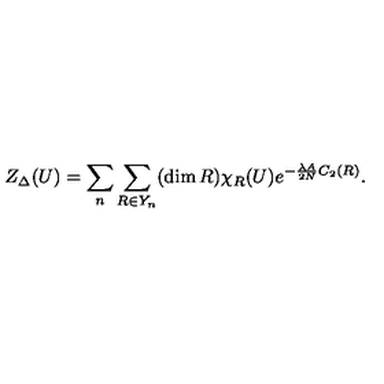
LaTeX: Z _ { \Delta } ( U ) = \sum _ { n } \sum _ { R \in Y _ { n } } ( \dim R ) \chi _ { R } ( U ) e ^ { - \frac { \lambda A } { 2 N } C _ { 2 } ( R ) } .